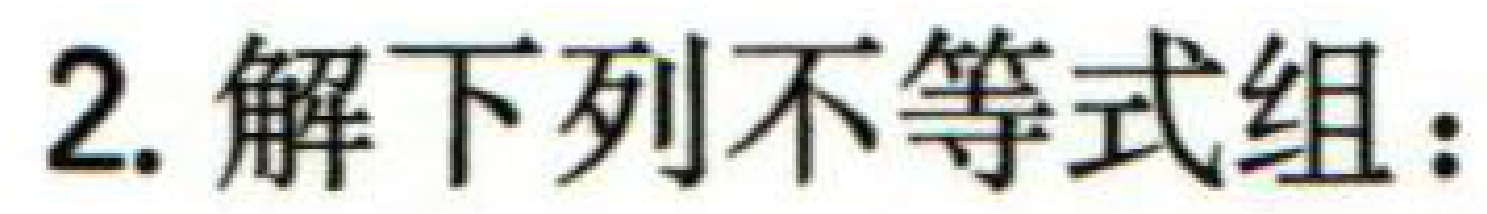
2. 解下列不等式组：